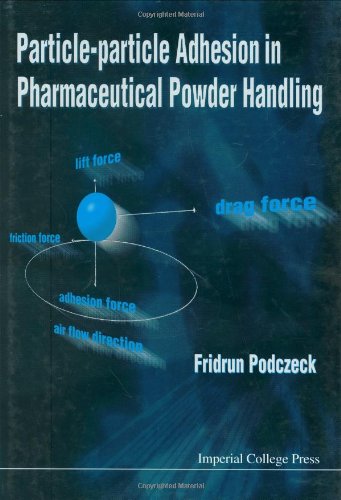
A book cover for Particle-Particle Adhesion in Pharmaceutical Powder Handling; Fridrun Podczeck; Medical Books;